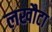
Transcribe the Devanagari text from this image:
लखौटा